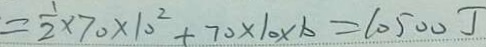
= \frac { 1 } { 2 } \times 7 0 \times 1 0 ^ { 2 } + 7 0 \times 1 0 \times b = 1 0 5 0 0 J